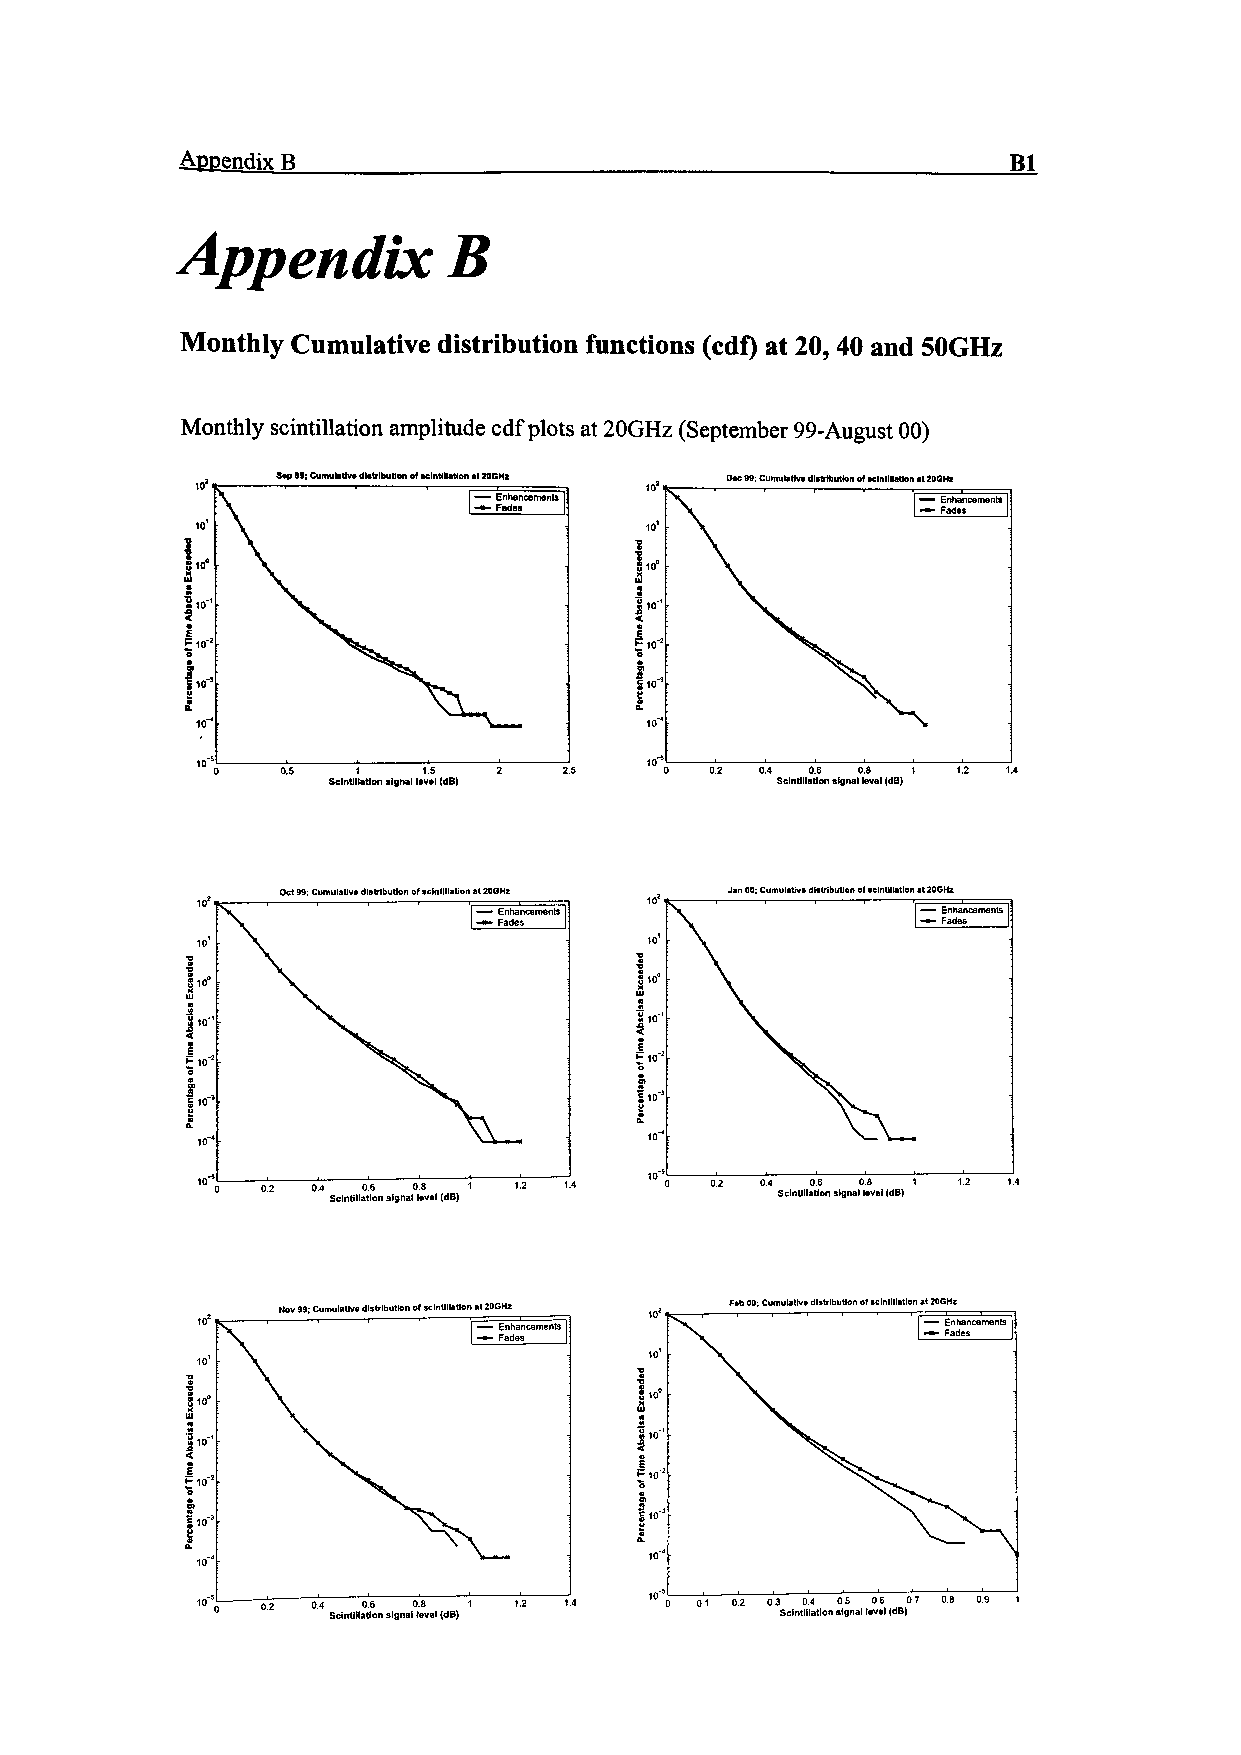
Appendix R                                             Bl
 Appendix          B
 Monthly Cumulative distribution functions (cdf) at 20,40 and SOGHz
 Monthly scintillation amplitude cdf plots at 20GHz (September 99-August 00)
 S»p 99; Cumulattva distribution of scintillation al 20 GHz Dac 99; Cumulative distribution of scintillation at ZOQHz
 0.2 0.4 0.6 O.S 1 1.2 1.4
 Scintillation signal laval (<JB)
 10*   Ocl 99; Cumulative distribution of scintillation at 20GHz Jan 00; Cumulative distribution of scintillation at 20GHz
 • Enhancements               —— Enhancements
 - Fades                      -»- Fades ^_
 1I,0-°
 &
 i-
 £
 10"
 0.2 0.4 Scintilla0 t. i6 o n signal0 l. e8 v a! (dB) 1 1.2 1.4 0 02 0.4 Scintilla0 t. i6 o n signal0 l. e8 vel (dB) 1 1.2 1.4
 to1  Nov 99; Cumulative distribution of scintillation at 20GHz Feb 00; Cumulative distribution of scintillation at 20GHi
 • Enhancements
 • Fades_____
 §10°
 02  0.4 0.6 0.8 1 1.2 1.4  0 01 02 03 0.4 05 06 0.7 0.8 0.9 1
 Scintillation signal level (dB) Scintillation signal level (dB}